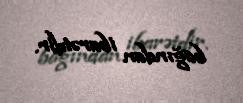
bağından ibarətdir.